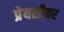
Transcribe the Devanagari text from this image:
प्रेयसीवर